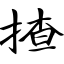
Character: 揸